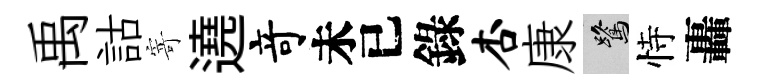
禹詁寄遶竒未已錄杏康鷺恃轟